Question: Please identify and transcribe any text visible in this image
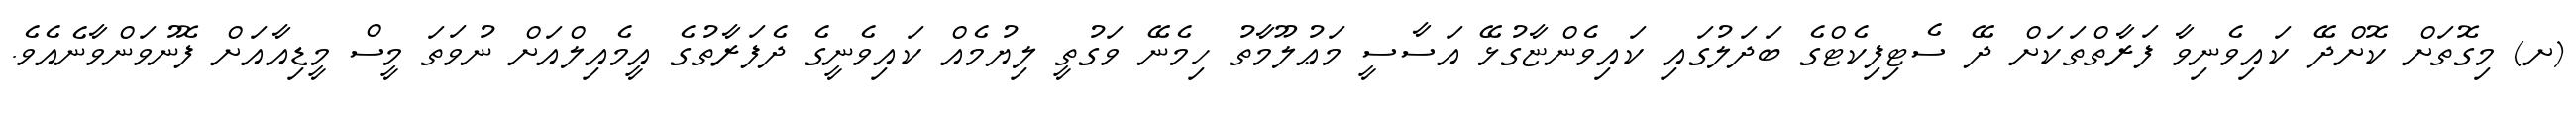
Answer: (ށ) މިގޮތަށް ކޮށްދޭ ކައިވެނިވާ ފަރާތްތަކަށް ދޭ ސެޓިފިކެޓްގެ ބަދަލުގައި ކައިވެންޏާގުޅޭ އަސާސީ މަޢުލޫމާތު ހިމެނޭ ވަގުތީ ލިޔުމެއް ކައިވެނީގެ ދެފަރާތުގެ އީމެއިލްއަށް ނުވަތަ މީސް މީޑިއާއަށް ފޮނުވަންވާނެއެވެ.